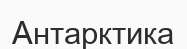
Антарктика